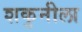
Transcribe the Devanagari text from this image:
शकुनीला